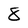
Character: 8